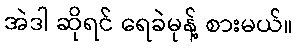
အဲဒါ ဆိုရင် ရေခဲမုန့် စားမယ်။